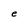
Character: e